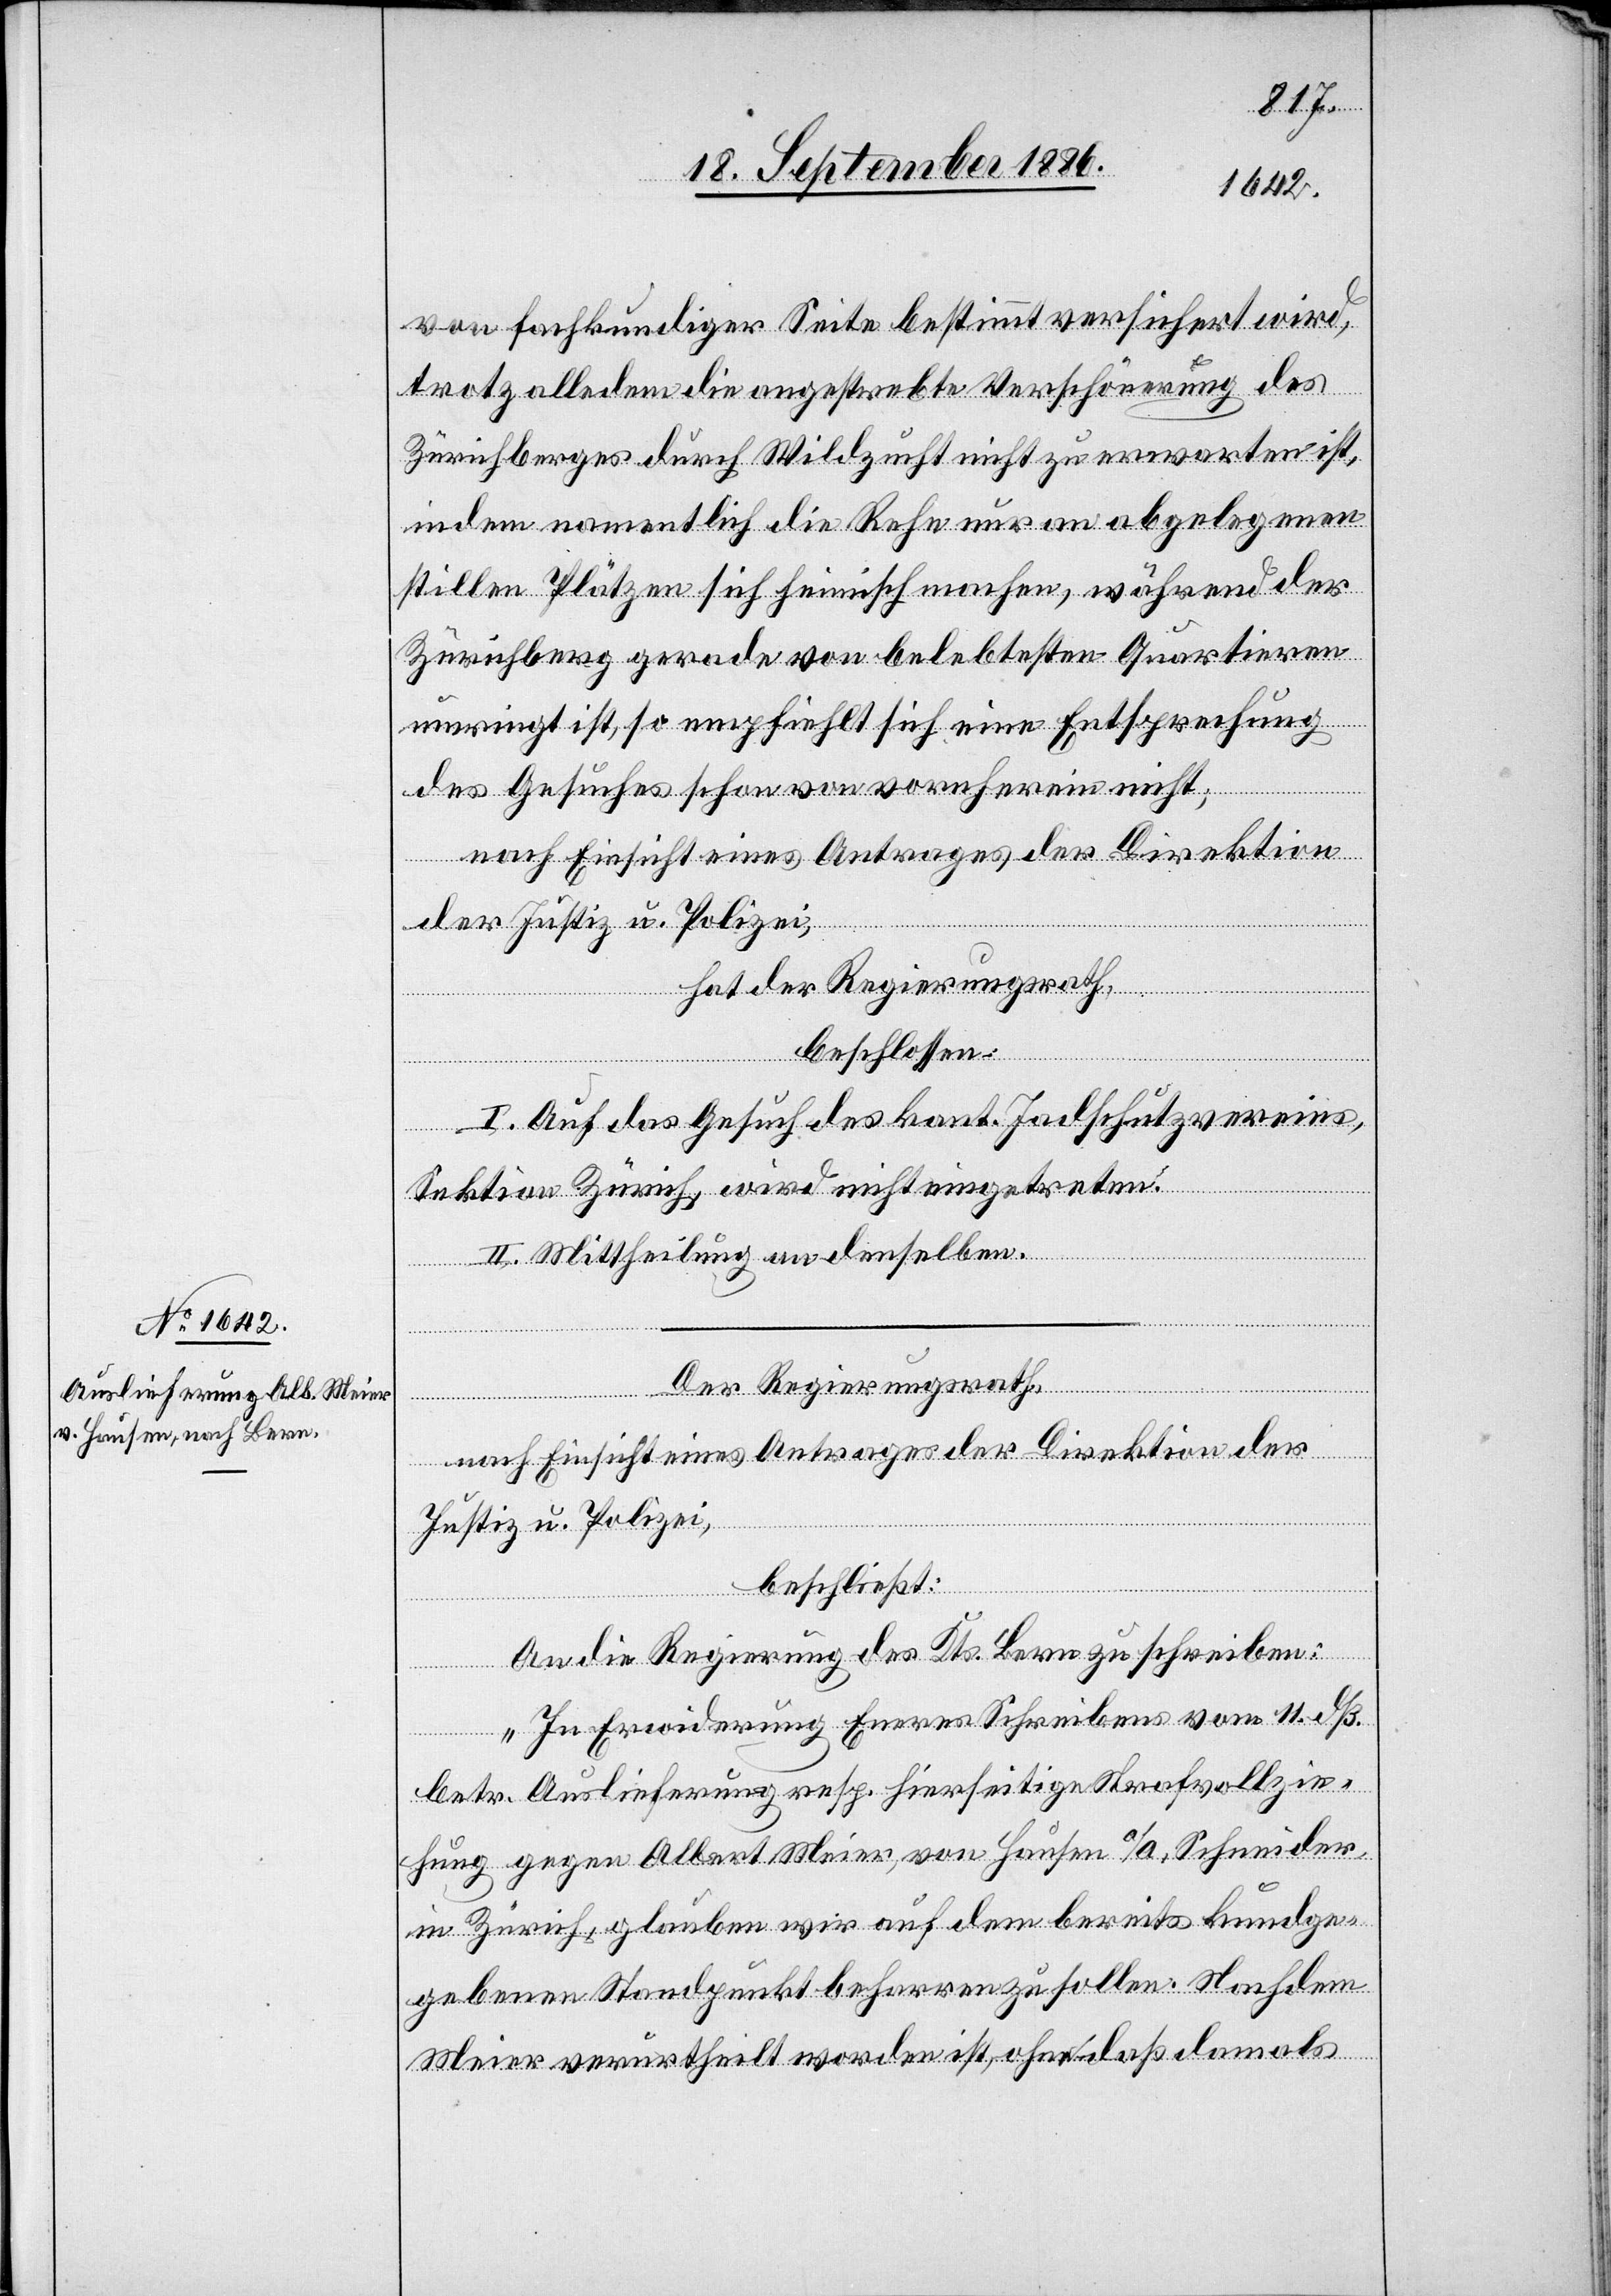
von fachkundiger Seite bestimmt versichert wird,
trotz alledem die angestrebte Verschönerung des
Zürichberges durch Wildzucht nicht zu erwarten ist,
indem namentlich die Rehe nur an abgelegenen
stillen Plätzen sich heimisch machen, während der
Zürichberg gerade von belebtesten Quartieren
umringt ist, so empfiehlt sich eine Entsprechung
des Gesuches von vornherein nicht,
nach Einsicht eines Antrages der Direktion
der Justiz u. Polizei,
hat der Regierungsrath
beschlossen:
I. Auf das Gesuch des kant. Jagdschutzvereins,
Sektion Zürich, wird nicht eingetreten.
II. Mittheilung an denselben.
Der Regierungsrath,
nach Einsicht eines Antrages der Direktion der
Justiz u. Polizei,
beschließt:
An die Regierung des Kts. Bern zu schreiben:
„In Erwiderung Eueres Schreibens vom 11. dß.
betr. Auslieferung resp. hierseitige Strafvollzie¬
hung gegen Albert Meier, von Hausen a/A, Schneider,
in Zürich, glauben wir auf dem bereits kundge¬
gebenen Standpunkt beharren zu sollen. Nachdem
Meier verurtheilt worden ist, ohne daß damals